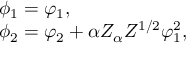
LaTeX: \begin{array} { l } { { \phi _ { 1 } = \varphi _ { 1 } , } } \\ { { \phi _ { 2 } = \varphi _ { 2 } + \alpha Z _ { \alpha } Z ^ { 1 / 2 } \varphi _ { 1 } ^ { 2 } , } } \end{array}